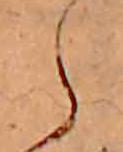
ら